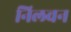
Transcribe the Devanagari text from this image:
निलवन